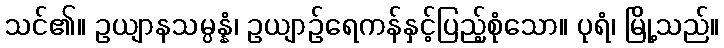
သင်၏။ ဥယျာနသမ္ပန္နံ၊ ဥယျာဉ်ရေကန်နှင့်ပြည့်စုံသော။ ပုရံ၊ မြို့သည်။